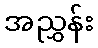
အညွှန်း